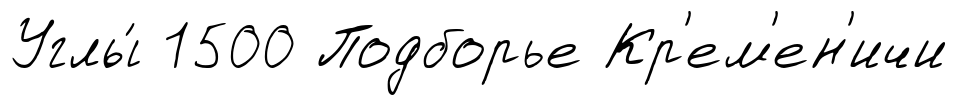
Углы́ 1500 Подборье Кр'ем'ен'ичи